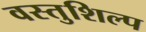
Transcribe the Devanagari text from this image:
वस्तुशिल्प